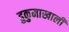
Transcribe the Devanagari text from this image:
हुकुमाखाली